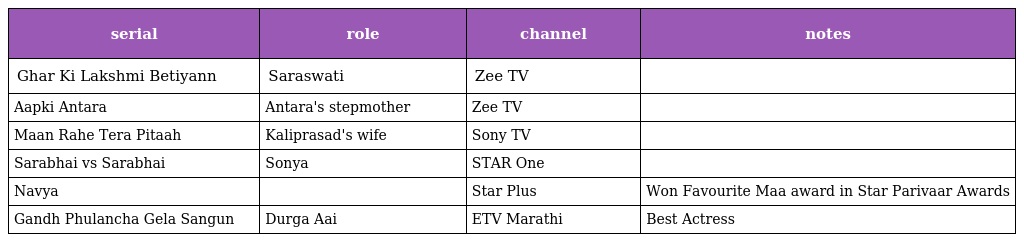
| serial | role | channel | notes |
 | --- | --- | --- | --- |
 | Ghar Ki Lakshmi Betiyann | Saraswati | Zee TV |  |
 | Aapki Antara | Antara's stepmother | Zee TV |  |
 | Maan Rahe Tera Pitaah | Kaliprasad's wife | Sony TV |  |
 | Sarabhai vs Sarabhai | Sonya | STAR One |  |
 | Navya |  | Star Plus | Won Favourite Maa award in Star Parivaar Awards |
 | Gandh Phulancha Gela Sangun | Durga Aai | ETV Marathi | Best Actress |